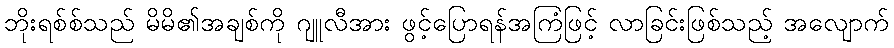
ဘိုးရစ်စ်သည် မိမိ၏အချစ်ကို ဂျူလီအား ဖွင့်ပြောရန်အကြံဖြင့် လာခြင်းဖြစ်သည့် အလျောက်